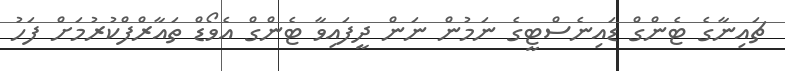
ޗައިނާގެ ޓެންގް ޑައިނެސްޓީގެ ނަމުން ނަން ދީފައިވާ ޓެންގް އެވޯޑް ތައާރްފްކުރުމަށް ފަހު